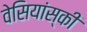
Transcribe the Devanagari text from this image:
वेसियांस्की